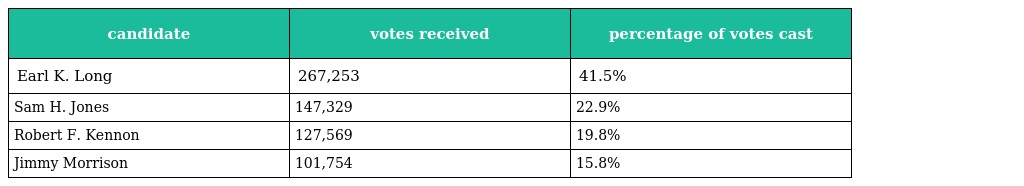
| candidate | votes received | percentage of votes cast |
 | --- | --- | --- |
 | Earl K. Long | 267,253 | 41.5% |
 | Sam H. Jones | 147,329 | 22.9% |
 | Robert F. Kennon | 127,569 | 19.8% |
 | Jimmy Morrison | 101,754 | 15.8% |